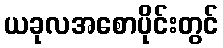
ယခုလအစောပိုင်းတွင်